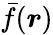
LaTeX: \bar{f}(\boldsymbol{r})